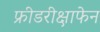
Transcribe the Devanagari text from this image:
फ्रीडरीक्षाफेन